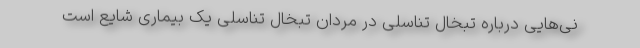
نی‌هایی درباره تبخال تناسلی در مردان تبخال تناسلی یک بیماری شایع است